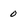
Character: 0